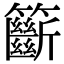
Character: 籪